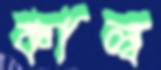
কাল্ব